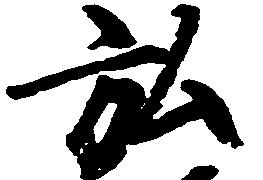
弘